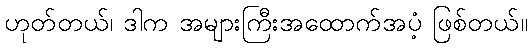
ဟုတ်တယ်၊ ဒါက အများကြီးအထောက်အပံ့ ဖြစ်တယ်။